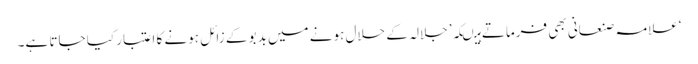
‘علامہ صنعانی بھی فرماتے ہیںکہ’ جلالہ کے حلال ہونے میں بدبو کے زائل ہونے کا اعتبار کیا جاتا ہے۔